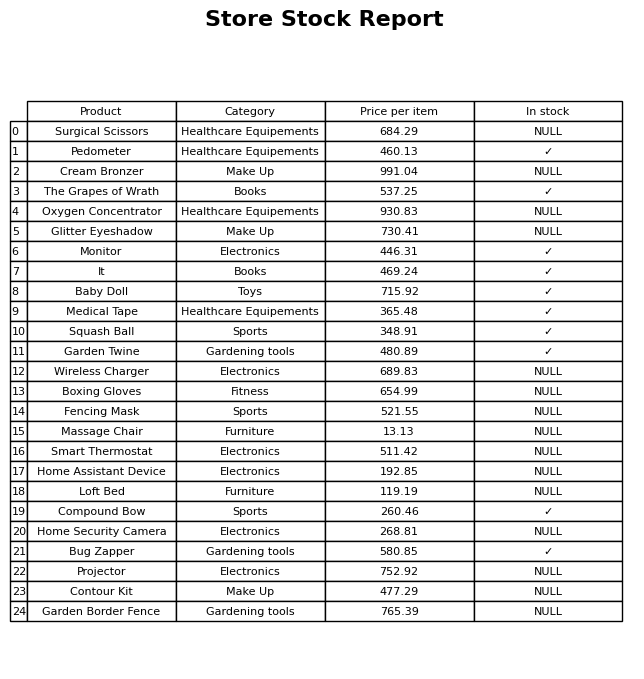
question: Is the Surgical Scissors in stock?
answer: NULL